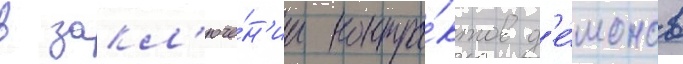
в закл'юче́н'ии контра́ктов д'е́монов